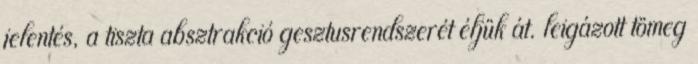
jelentés, a tiszta absztrakció gesztusrendszerét éljük át. leigázott tömeg